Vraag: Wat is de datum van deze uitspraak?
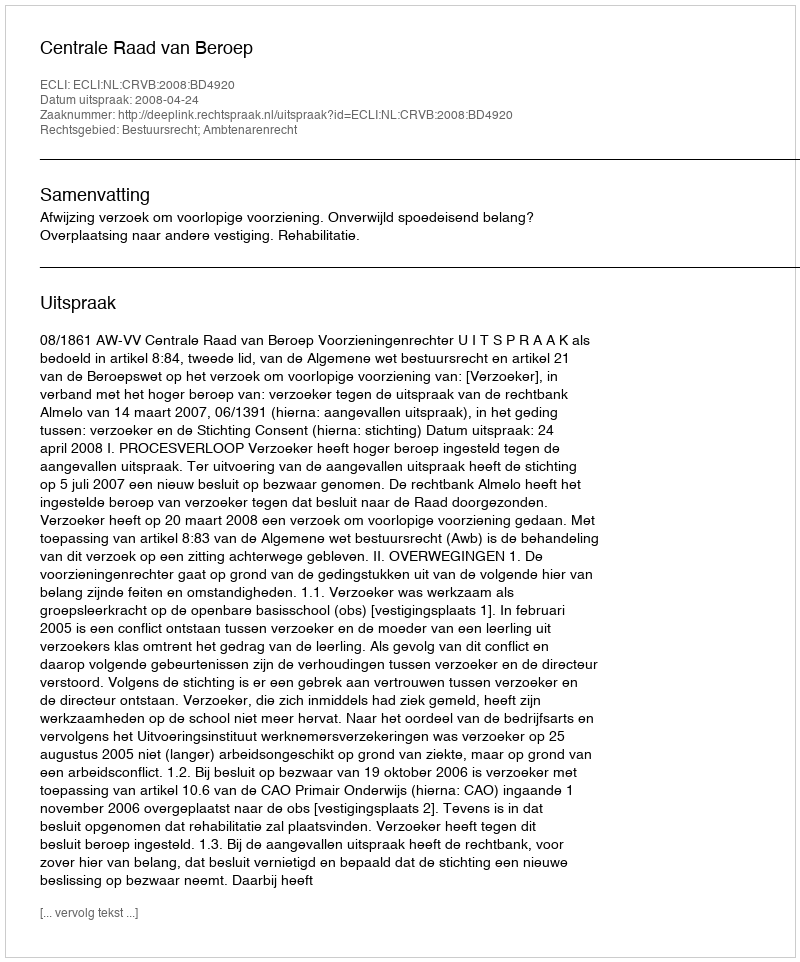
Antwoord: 2008-04-24